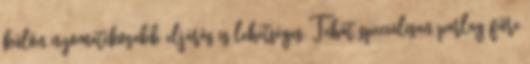
külön nyomatékosabb eljárás is lehetséges. Tehát speciálisan parlag fűre